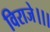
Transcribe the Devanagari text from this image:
विराजे।।।